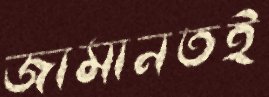
জামানতই